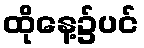
ထိုနေ့၌ပင်